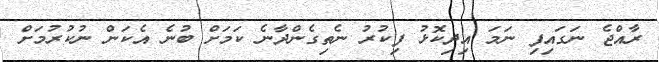
ރާއްޖެ ނަގައިފި ނަމަ އިދިކޮޅު ފިކުރު ނެތިގެންދާނެ ކަމަށް ބުނެ އެކަން ނުކުރުމަށް